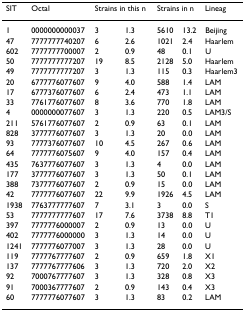
<table><thead><tr><td><b>SIT</b></td><td><b>Octal</b></td><td colspan="2"><b>Strains in this n</b></td><td colspan="2"><b>Strains in n</b></td><td><b>Lineag</b></td></tr></thead><tbody><tr><td>1</td><td>0000000000037</td><td>3</td><td>1.3</td><td>5610</td><td>13.2</td><td>Beijing</td></tr><tr><td>47</td><td>7777777740207</td><td>6</td><td>2.6</td><td>1021</td><td>2.4</td><td>Haarlem</td></tr><tr><td>602</td><td>7777777700007</td><td>2</td><td>0.9</td><td>48</td><td>0.1</td><td>U</td></tr><tr><td>50</td><td>7777777777207</td><td>19</td><td>8.5</td><td>2128</td><td>5.0</td><td>Haarlem</td></tr><tr><td>49</td><td>7777777777207</td><td>3</td><td>1.3</td><td>115</td><td>0.3</td><td>Haarlem3</td></tr><tr><td>20</td><td>6777776077607</td><td>9</td><td>4.0</td><td>588</td><td>1.4</td><td>LAM</td></tr><tr><td>17</td><td>6777376077607</td><td>6</td><td>2.4</td><td>473</td><td>1.1</td><td>LAM</td></tr><tr><td>33</td><td>7761776077607</td><td>8</td><td>3.6</td><td>770</td><td>1.8</td><td>LAM</td></tr><tr><td>4</td><td>0000000077607</td><td>3</td><td>1.3</td><td>220</td><td>0.5</td><td>LAM3/S</td></tr><tr><td>211</td><td>5761776077607</td><td>2</td><td>0.9</td><td>63</td><td>0.1</td><td>LAM</td></tr><tr><td>828</td><td>3777776077607</td><td>3</td><td>1.3</td><td>20</td><td>0.0</td><td>LAM</td></tr><tr><td>93</td><td>7777376077607</td><td>10</td><td>4.5</td><td>267</td><td>0.6</td><td>LAM</td></tr><tr><td>64</td><td>7777776075607</td><td>9</td><td>4.0</td><td>157</td><td>0.4</td><td>LAM</td></tr><tr><td>435</td><td>7637776077607</td><td>3</td><td>1.3</td><td>4</td><td>0.0</td><td>LAM</td></tr><tr><td>177</td><td>3777776077607</td><td>3</td><td>1.3</td><td>50</td><td>0.1</td><td>LAM</td></tr><tr><td>388</td><td>7377776077607</td><td>2</td><td>0.9</td><td>15</td><td>0.0</td><td>LAM</td></tr><tr><td>42</td><td>7777776077607</td><td>22</td><td>9.9</td><td>1926</td><td>4.5</td><td>LAM</td></tr><tr><td>1938</td><td>7763777777607</td><td>7</td><td>3.1</td><td>3</td><td>0.0</td><td>S</td></tr><tr><td>53</td><td>7777777777607</td><td>17</td><td>7.6</td><td>3738</td><td>8.8</td><td>T1</td></tr><tr><td>397</td><td>7777776000007</td><td>2</td><td>0.9</td><td>13</td><td>0.0</td><td>U</td></tr><tr><td>402</td><td>7777776000000</td><td>3</td><td>1.3</td><td>14</td><td>0.0</td><td>U</td></tr><tr><td>1241</td><td>7777776077007</td><td>3</td><td>1.3</td><td>28</td><td>0.0</td><td>U</td></tr><tr><td>119</td><td>7777767777607</td><td>2</td><td>0.9</td><td>659</td><td>1.8</td><td>X1</td></tr><tr><td>137</td><td>7777767777606</td><td>3</td><td>1.3</td><td>720</td><td>2.0</td><td>X2</td></tr><tr><td>92</td><td>7000767777607</td><td>3</td><td>1.3</td><td>328</td><td>0.8</td><td>X3</td></tr><tr><td>91</td><td>7000367777607</td><td>2</td><td>0.9</td><td>143</td><td>0.4</td><td>X3</td></tr><tr><td>60</td><td>7777776077607</td><td>3</td><td>1.3</td><td>83</td><td>0.2</td><td>LAM</td></tr></tbody></table>